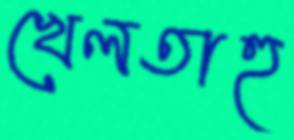
খেলতাহু